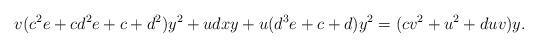
LaTeX: \begin{align*}v(c^2e+cd^2e+c+d^2)y^2+udxy+u(d^3e+c+d)y^2=(cv^2+u^2+duv)y.\end{align*}